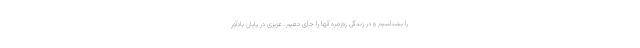
را بشناسیم و در زندگی روزمره آنها را جای دهیم. عزیزی در پایان یادآور